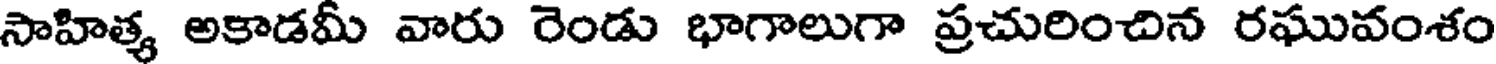
సాహిత్య అకాడమీ వారు రెండు భాగాలుగా ప్రచురించిన రఘువంశం